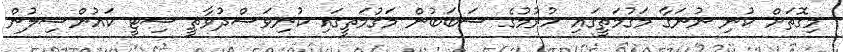
މިގޮތަށް ކުނި ނުނަގާ މަގުމަތީގައި ހުރުމުގެ ސަބަބުން މަގުމަތީގައި ކުނިވަސްދުވާތީ ސިޓީ ކައުންސިލުން